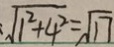
\sqrt { 1 ^ { 2 } + 4 ^ { 2 } } = \sqrt { 1 7 }